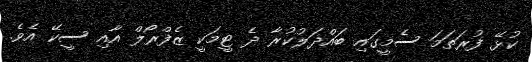
ކުޅޭ ފުރަތަމަ ސެމީގައި ބައްދަލުކުރާ ދެ ޓީމަކީ ޒެފްރޯލް އާއި ސީކޭ އެވެ.